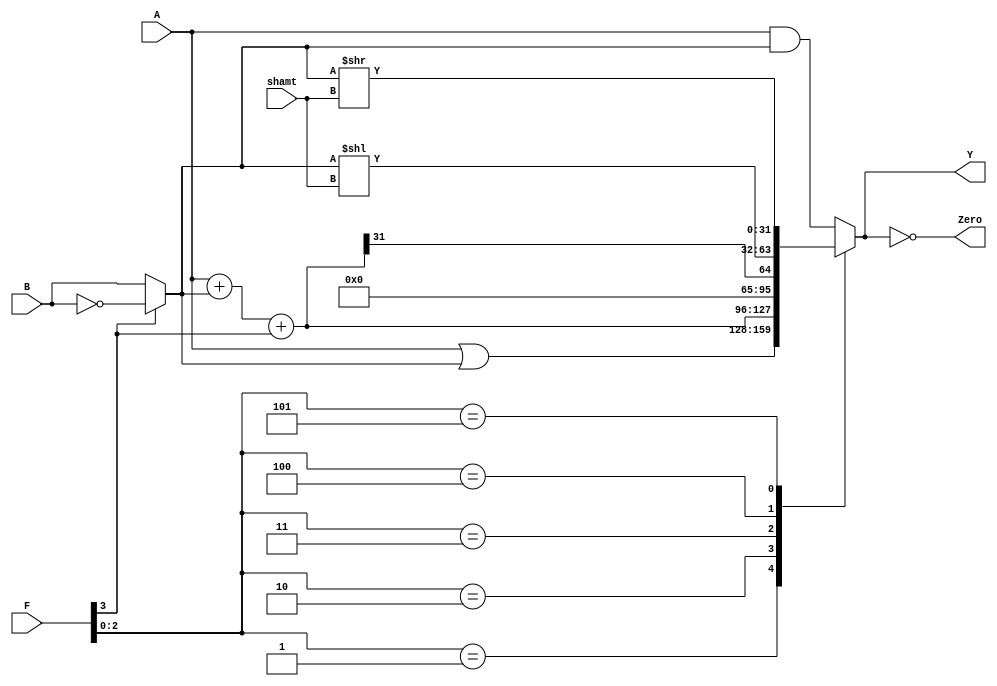
`timescale 1ns / 1ps
//////////////////////////////////////////////////////////////////////////////////
// Company: 
// Engineer: 
// 
// Design Name: 
// Module Name:    ALU_2 
// Project Name: 
// Target Devices: 
// Tool versions: 
// Description: 
//
// Dependencies: 
//
// Revision: 
// Revision 0.01 - File Created
// Additional Comments: 
//
//////////////////////////////////////////////////////////////////////////////////

	/***
	 *	and		0000
	 *	or		0001
	  	add		0010
						0011
	 		sll		0100
			srl		0101

	 		and(~)1000
			or(~) 1001
	 		sub 	1010
	 		slt		1011
									*
									*
	 							***/
module alu32
	#(parameter WIDTH = 32)
	(
	input [WIDTH-1:0] A, B,
	//SLL
	input [3:0] F, 
	input [4:0] shamt,
	output reg [WIDTH-1:0] Y,
	output reg Zero
	);

	//SLL, SRL
	wire[WIDTH-1:0] d0, d1, d2, d3, d4, d5;
	wire[WIDTH-1:0] actualB;
	wire cout;

	
	//SLL
	assign actualB = F[3]? ~B:B;
	assign d0 = A & actualB;
	assign d1 = A | actualB;
	assign {cout, d2} = A + actualB + F[3];
	assign d3 = d2[WIDTH-1];
	//SLL
	assign d4 = actualB << shamt;
	//SRL
	assign d5 = actualB >> shamt;
	
	
	
	always @ (*) begin
		case(F[2:0])
			3'b000: Y = d0;
			3'b001: Y = d1;
			3'b010: Y = d2;
			3'b011: Y = d3;
			3'b100: Y = d4;
			3'b101: Y = d5;
			default: Y = d0;
		endcase
		Zero = (Y==0);
	end

endmodule